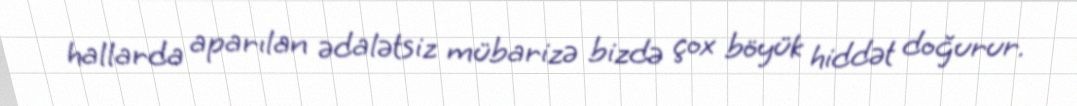
hallarda aparılan ədalətsiz mübarizə bizdə çox böyük hiddət doğurur.